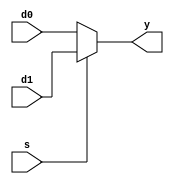
// 2:1 MUX using behavioural modeling

module mux(y, s, d0, d1);

input s, d0, d1;
output y;

reg y;
always @(s, d0, d1)

if (s)
    y = d1;
else
    y = d0;


endmodule